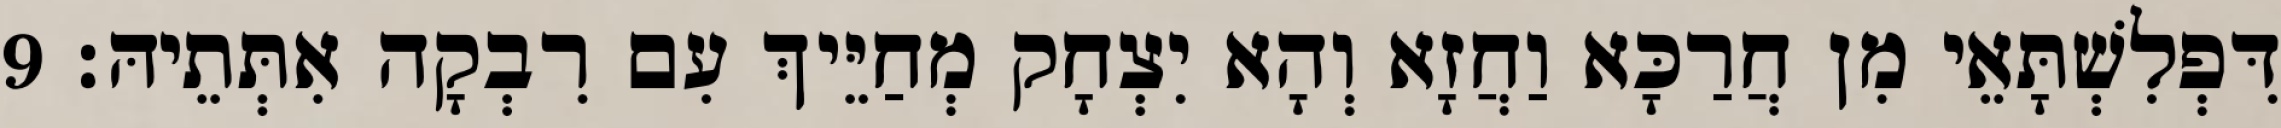
דִּפְלִשְׁתָּאֵי מִן חֲרַכָּא וַחֲזָא וְהָא יִצְחָק מְחַיֵּיךְ עִם רִבְקָה אִתְּתֵיהּ׃ 9